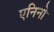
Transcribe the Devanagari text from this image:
एनिनो